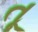
તૂ